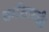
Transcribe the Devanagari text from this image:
धर्मशास्त्री।